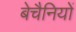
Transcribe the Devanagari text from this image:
बेचैनियों